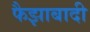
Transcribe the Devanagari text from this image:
फैझाबादी